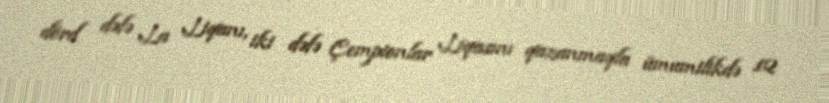
dörd dəfə La Liqanı, iki dəfə Çempionlar Liqasını qazanmaqla ümumilikdə 12